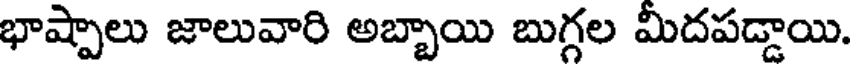
భాష్పాలు జాలువారి అబ్బాయి బుగ్గల మీదపడ్డాయి.